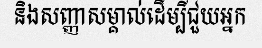
និងសញ្ញាសម្គាល់ដើម្បីជួយអ្នក